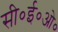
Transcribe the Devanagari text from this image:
सी०ई०ओ०